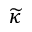
\widetilde { \kappa }